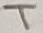
Text: T